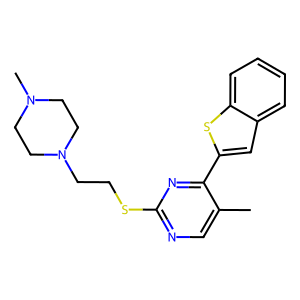
SMILES: Cc1cnc(SCCN2CCN(C)CC2)nc1-c1cc2ccccc2s1
Inhibits HIV replication: No